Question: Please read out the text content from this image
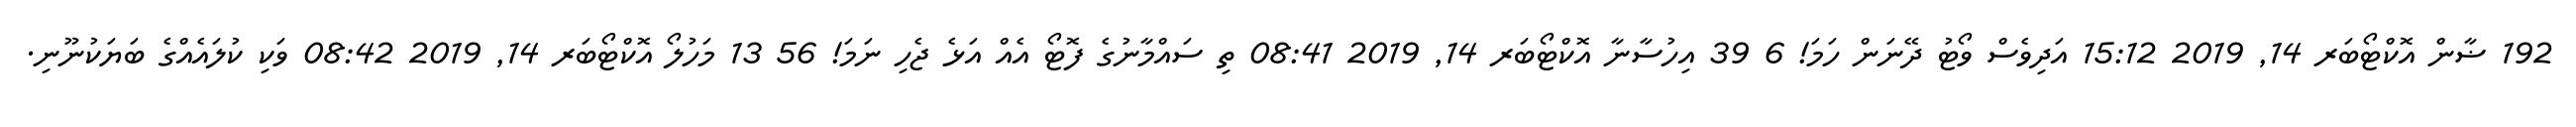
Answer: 192 ޟާން އޮކްޓޯބަރ 14, 2019 15:12 އަދިވެސް ވޯޓު ދޭނަން ހަމަ! 6 39 އިހުސާނާ އޮކްޓޯބަރ 14, 2019 08:41 ތި ސައްމާނުގެ ފޮޓޯ އެއް އަޅެ ޖެހި ނަމަ! 56 13 މަހުލޯ އޮކްޓޯބަރ 14, 2019 08:42 ވަކި ކުލައެއްގެ ބަޔަކުނޫނި.